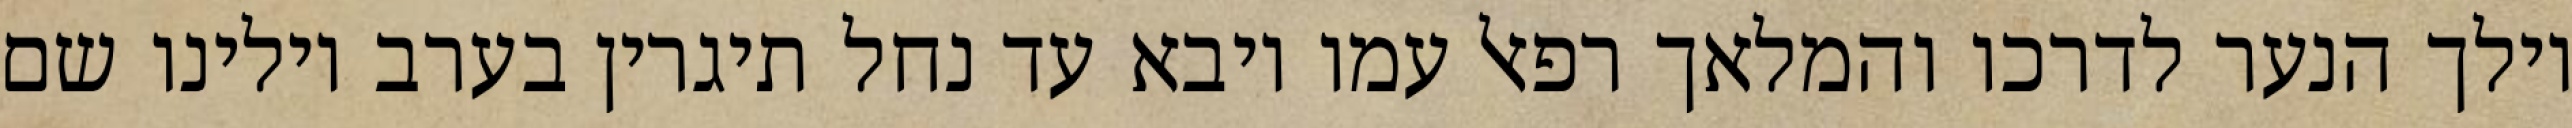
וילך הנער לדרכו והמלאך רפאל עמו ויבא עד נחל תיגרין בערב וילינו שם